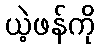
ယဲ့ဖန်ကို